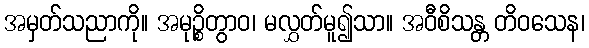
အမှတ်သညာကို။ အမုဉ္စိတွာဝ၊ မလွှတ်မူ၍သာ။ အဝီစိသန္တ တိဝသေန၊